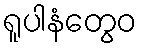
ရူပါနံတွေဝ